Annual administration report of the Civil Veterinary Department of India - 1902-1903
Year: 1902
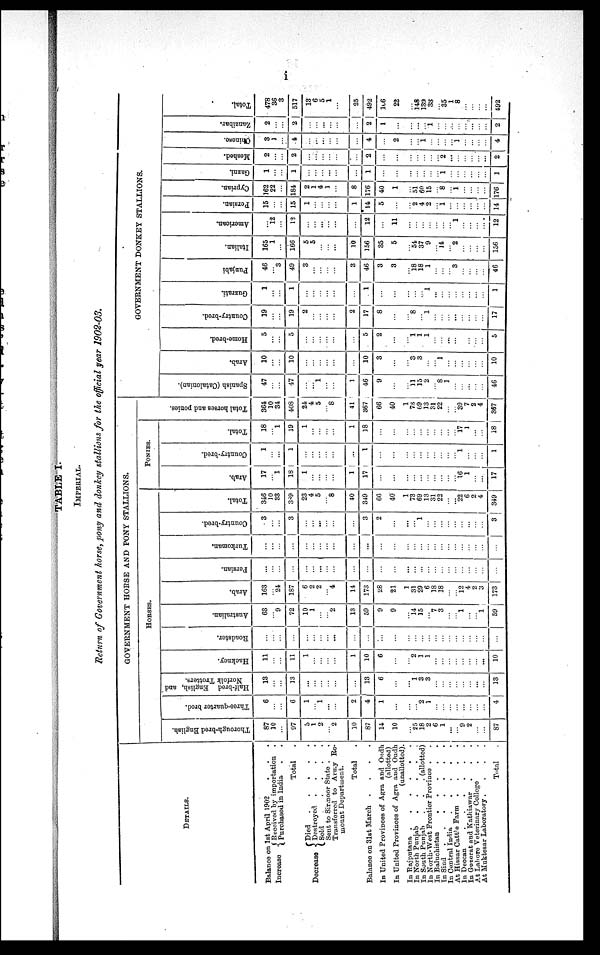
i
TABLE I.
IMPERIAL.
Return of Government horse, pony and donkey stallions for the official year 1902-03.
DETAILS.
Balance on 1st April 1902 . . .
Increase
Decrease
Received by importation .
Purchased in India . .
Total .
Died
.
.
.
.
.
Destroyed
.
.
.
.
Sold
.
.
.
.
Sent to Sirmoor State . .
Transferred to Army Re-
mount Department.
Total .
Balance on 31st March
.
.
.
.
In United Provinces of Agra and Ondh
(allotted)
In United Provinces of Agra and Oudh
(unallotted).
In Rajputana
In North Punjab
.
.
.
.
.
In South Punjab
.
.
. (allotted)
In North-West Frontior Province . .
In Baluchistan . . . . .
In Sind
.
.
.
.
.
.
.
In Central India
.
.
.
.
.
At Hissar Cattle Farm
.
.
.
.
In Decean
.
.
.
.
.
In Guzerat and Kathiawar . . .
At Lahore Veterinary College . .
At Muktesar Laboratory .
.
.
.
Total .
GOVERNMENT HORSE AND PONY STALLIONS.
HORSES.
Thorough-bred English.
87
10
...
97
5
1
2
... 2
10
87
14
10
... 25
18
2
6
1
...
... 9
2
...
...
87
Three-quarter bred.
6
...
...
6
1
... 1
...
...
2
4
1
...
...
... 2
1
...
...
...
...
...
...
...
...
4
Half-bred English, and
Norfolk Trotters.
13
...
...
13
...
...
...
...
...
...
13
6
...
... 1
3
3
...
...
...
...
...
...
...
...
13
Hackney.
11
...
...
11
1
...
...
...
...
1
10
6
...
... 2
1
1
...
...
...
...
...
...
...
...
10
Roadster.
...
...
...
...
...
...
...
... ...
...
...
...
...
...
...
...
...
...
...
...
...
...
...
...
...
...
Australian.
63
... 9
72
10
1
...
... 2
13
59
9
9
... 14
15
... 7
3
...
... 1
...
... 1
59
Arab.
163
... 24
187
6
2
2
... 4
14
173
28
21
1 31
29
6 18 18
...
... 12
4
2
3
173
Persian.
...
...
...
...
...
...
...
...
...
...
...
...
...
...
...
...
...
...
...
...
...
...
...
...
...
...
Turkoman.
...
...
...
...
...
...
...
...
...
...
...
...
...
...
...
...
...
...
...
...
...
...
...
...
...
...
Country-bred.
3
...
...
3
...
...
...
...
...
...
3
2
...
...
... 1
...
...
...
...
...
...
...
...
...
3
Total.
346
10
33
389
23
4
5
... 8
40
349
66
40
1 73
69
13
31
22
...
...
22
6
2
4
349
PONIES.
Arab.
17
... 1
18
1
...
...
...
...
1
17
...
...
...
...
...
...
...
...
...
...
16
1
...
...
17
Country-bred.
1
...
...
1
...
...
...
...
...
...
1
...
...
...
...
...
...
...
...
...
...
1
...
...
...
1
Total.
18
... 1
19
1
...
...
...
...
1
18
...
...
...
...
...
...
...
...
...
...
17
1
...
...
18
Total horses and ponies.
364
10
34
408
24
4 5
... 8
41
367
66
40
1
... 69
13
31
22
...
...
39
7
2
4
367
GOVERNMENT DONKEY STALLIONS.
Spanish (Catalonian).
47
...
...
47
...
...
1
...
...
1
46
9
...
... 11
15
2
... 8
1
...
...
...
...
...
46
Arab.
10
...
...
10
...
...
...
...
...
...
10
3
...
... 3
3
...
... 1
...
...
...
...
...
...
10
Home-bred.
5
...
...
5
...
...
...
...
...
...
5
2
...
... 1
1
1
...
...
...
...
...
...
...
...
5
Country-bred.
19
...
...
19
2
...
...
...
...
2
17
8
...
... 8
...
1
...
...
...
...
...
...
...
...
17
Guzrati.
1
...
...
1
...
...
...
...
...
...
1
...
...
...
...
...
1
...
...
...
...
...
...
...
...
1
Punjabi
46
... 3
49
3
...
...
...
...
3
46
3
3
... 18
18
1
...
...
... 3
...
...
...
...
46
Italian.
165
1
...
166
5
5
...
...
...
10
156
35
5
... 54
37
9
... 14
... 2
...
...
...
...
156
American.
...
12
...
12
...
...
...
...
...
...
12
...
11
...
...
...
...
...
...
... 1
...
...
...
...
12
Persian.
15
...
...
15
1
...
...
...
...
1
14
5
...
... 2
4
2
... 1
...
...
...
...
...
...
14
Cyprian.
162
22
...
184
2
1
4
1
...
8
176
40
1
... 51
60
15
... 8
... 1
...
...
...
...
176
Gazni.
1
...
...
1
...
...
...
...
...
...
1
...
...
...
...
...
...
... 1
...
...
...
...
...
...
1
Meshed.
2
...
...
2
...
...
...
...
...
...
2
...
...
...
...
...
...
... 2
...
...
...
...
...
...
2
Chinese.
3
1
...
4
...
...
...
...
...
...
4
...
2
...
...
1
...
...
...
... 1
...
...
...
...
4
Zanzibar.
2
...
...
2
...
...
...
...
...
...
2
1
...
...
...
...
1
...
...
...
...
...
...
...
...
2
Total.
478
36
3
517
13
6
5
1
...
25
492
106
22
... 148
139
33
...
35
1
8
...
...
...
...
492